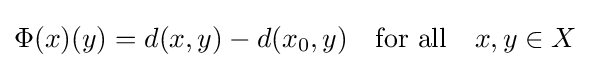
\Phi (x)(y)=d(x,y)-d(x_{0},y)\quad {\mbox{for all}}\quad x,y\in X